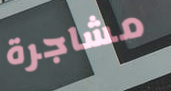
مشاجرة